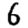
Digit: 6